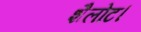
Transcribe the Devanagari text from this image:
शैलोट।